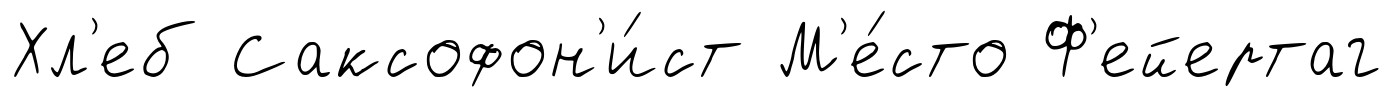
Хл'еб Саксофон'и́ст М'е́сто Ф'ейертаг